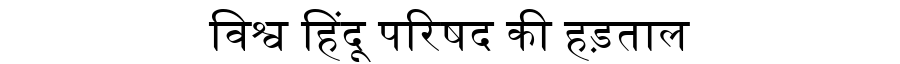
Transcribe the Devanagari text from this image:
विश्व हिंदू परिषद की हड़ताल